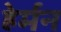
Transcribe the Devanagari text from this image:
हेर्मन